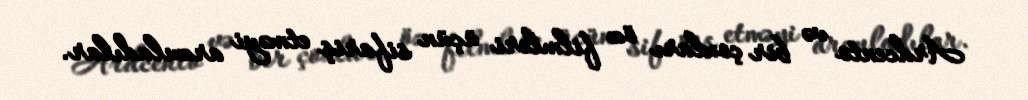
Ardcento və bir çoxları öz filmleri üçün sifariş etməyi arzuladılar.